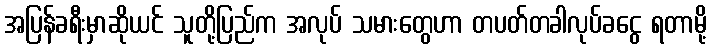
အပြန်ခရီးမှာဆိုယင် သူတို့ပြည်က အလုပ် သမားတွေဟာ တပတ်တခါလုပ်ခငွေ ရတာမို့